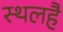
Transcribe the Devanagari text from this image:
स्थलहै